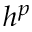
h ^ { p }